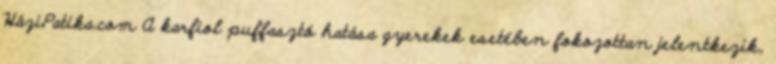
HáziPatika.com A karfiol puffasztó hatása gyerekek esetében fokozottan jelentkezik,